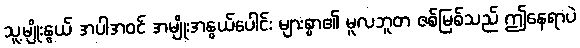
သူ့မျိုးနွယ် အပါအဝင် အမျိုးအနွယ်ပေါင်း များစွာ၏ မူလဘူတ ဇစ်မြစ်သည် ဤနေရာပဲ